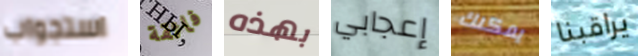
استجواب فائقة بهذه إعجابي يمكنك يراقبنا